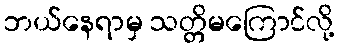
ဘယ်နေရာမှ သတ္တိမကြောင်လို့